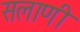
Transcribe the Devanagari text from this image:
सलाणी